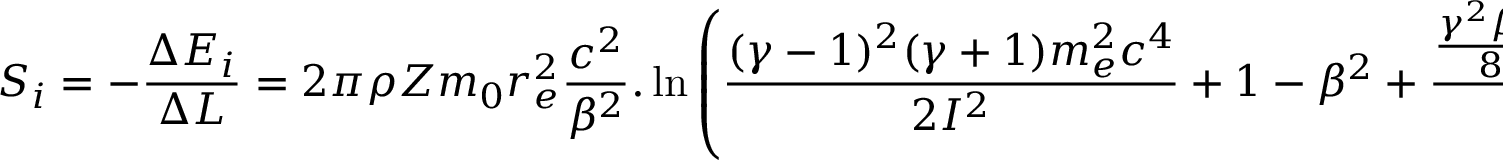
S _ { i } = - \frac { \Delta E _ { i } } { \Delta L } = 2 \pi \rho Z m _ { 0 } r _ { e } ^ { 2 } \frac { c ^ { 2 } } { \beta ^ { 2 } } . \ln \left( \frac { ( \gamma - 1 ) ^ { 2 } ( \gamma + 1 ) m _ { e } ^ { 2 } c ^ { 4 } } { 2 I ^ { 2 } } + 1 - \beta ^ { 2 } + \frac { \frac { \gamma ^ { 2 } \beta ^ { 2 } } { 8 } - ( 2 \gamma \beta + 1 ) \ln 2 } { ( \gamma \beta + 1 ) ^ { 2 } } - \delta - 2 \frac { \zeta } { Z } \right)